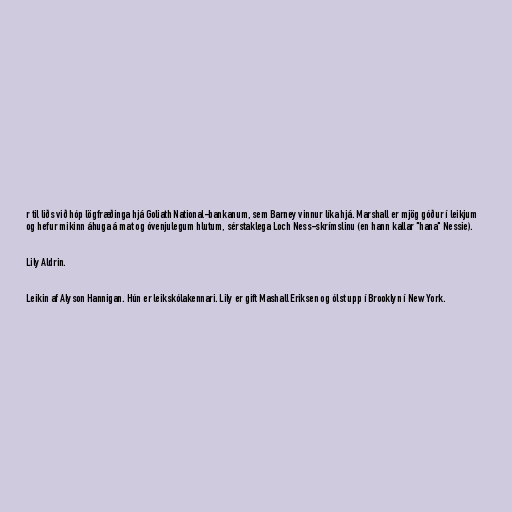
r til liðs við hóp lögfræðinga hjá Goliath National-bankanum, sem Barney vinnur líka hjá. Marshall er mjög góður í leikjum
og hefur mikinn áhuga á mat og óvenjulegum hlutum, sérstaklega Loch Ness-skrímslinu (en hann kallar "hana" Nessie).

Lily Aldrin.

Leikin af Alyson Hannigan. Hún er leikskólakennari. Lily er gift Mashall Eriksen og ólst upp í Brooklyn í New York.